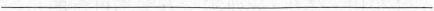
___